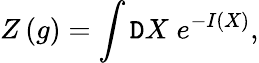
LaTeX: Z\left(g\right)=\int\mathtt{D}X\; e^{-I(X)},